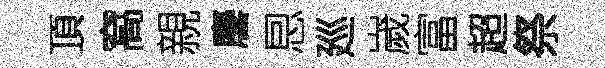
頂窩親麐㤙廵嵗富超祭